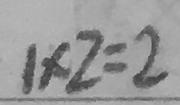
1 \times 2 = 2